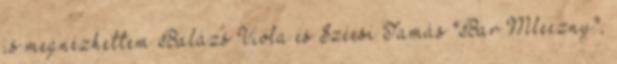
is megnézhettem Balázs Viola és Szécsi Tamás "Bar Mleczny",